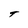
Character: t